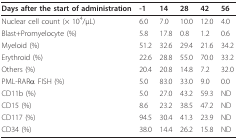
<table><thead><tr><td><b>Days after the start of administration</b></td><td><b>-1</b></td><td><b>14</b></td><td><b>28</b></td><td><b>42</b></td><td><b>56</b></td></tr></thead><tbody><tr><td>Nuclear cell count (× 10<sup>4</sup>/μL)</td><td>6.0</td><td>7.0</td><td>10.0</td><td>12.0</td><td>4.0</td></tr><tr><td>Blast+Promyelocyte (%)</td><td>5.8</td><td>17.8</td><td>0.8</td><td>1.2</td><td>0.6</td></tr><tr><td>Myeloid (%)</td><td>51.2</td><td>32.6</td><td>29.4</td><td>21.6</td><td>34.2</td></tr><tr><td>Erythroid (%)</td><td>22.6</td><td>28.8</td><td>55.0</td><td>70.0</td><td>33.2</td></tr><tr><td>Others (%)</td><td>20.4</td><td>20.8</td><td>14.8</td><td>7.2</td><td>32.0</td></tr><tr><td>PML-RARα FISH (%)</td><td>5.0</td><td>83.0</td><td>33.0</td><td>9.0</td><td>0.0</td></tr><tr><td>CD11b (%)</td><td>5.0</td><td>27.0</td><td>43.2</td><td>59.3</td><td>ND</td></tr><tr><td>CD15 (%)</td><td>8.6</td><td>23.2</td><td>38.5</td><td>47.2</td><td>ND</td></tr><tr><td>CD117 (%)</td><td>94.5</td><td>30.4</td><td>41.3</td><td>23.9</td><td>ND</td></tr><tr><td>CD34 (%)</td><td>38.0</td><td>14.4</td><td>26.2</td><td>15.8</td><td>ND</td></tr></tbody></table>